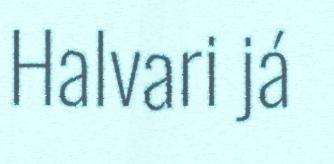
Halvari já